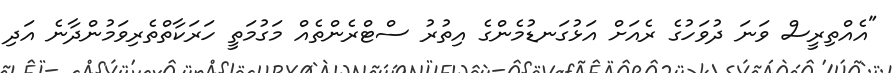
"އެއްތިރީސް ވަނަ ދުވަހުގެ ރެއަށް އަޅުގަނޑުމެންގެ އިތުރު ސްޓްރެންތެއް މަގުމަތީ ހަރަކާތްތެރިވަމުންދާނެ އަދި